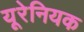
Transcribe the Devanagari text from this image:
यूरेनियक